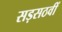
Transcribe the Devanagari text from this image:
सड़सठवीं